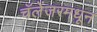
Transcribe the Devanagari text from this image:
चॅलेंजरमधून